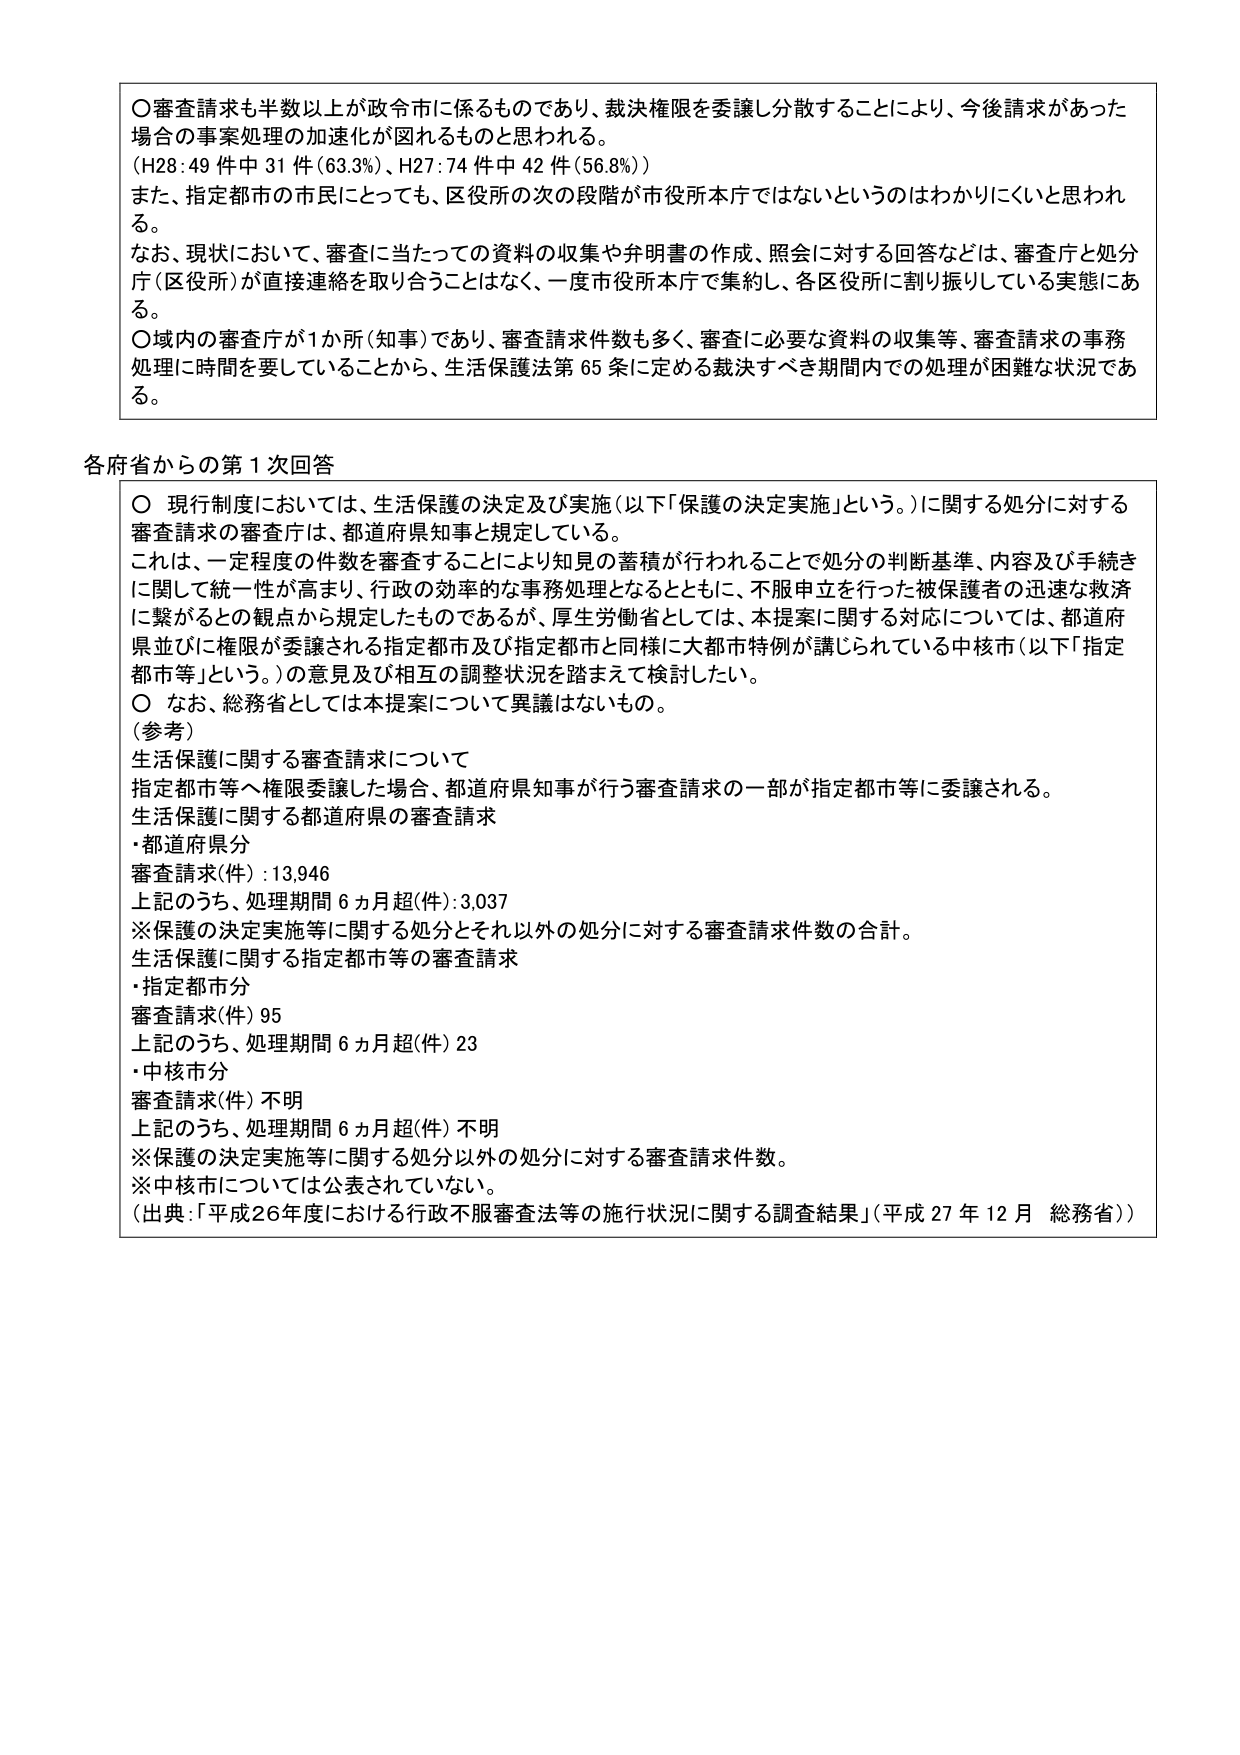
〇審査請求も半数以上が政令市に係るものであり、裁決権限を委譲し分散することにより、今後請求があった場合の事案処理の加速化が図れるものと思われる。
（H28：49件中31件（63.3％）、H27：74件中42件（56.8％））
また、指定都市の市民にとっても、区役所の次の段階が市役所本庁ではないというのはわかりにくいと思われる。
なお、現状において、審査に当たっての資料の収集や弁明書の作成、照会に対する回答などは、審査庁と処分庁（区役所）が直接連絡を取り合うことはなく、一度市役所本庁で集約し、各区役所に割り振りしている実態にある。
〇域内の審査庁が1か所（知事）であり、審査請求件数も多く、審査に必要な資料の収集等、審査請求の事務処理に時間を要していることから、生活保護法第65条に定める裁決すべき期間内での処理が困難な状況である。

各府省からの第1次回答
〇 現行制度においては、生活保護の決定及び実施（以下「保護の決定実施」という。）に関する処分に対する審査請求の審査庁は、都道府県知事と規定している。
これは、一定程度の件数を審査することにより知見の蓄積が行われることで処分の判断基準、内容及び手続きに関して統一性が高まり、行政の効率的な事務処理となるとともに、不服申立を行った被保護者の迅速な救済に繋がるとの観点から規定したものであるが、厚生労働省としては、本提案に関する対応については、都道府県並びに権限が委譲される指定都市及び指定都市と同様に大都市特例が講じられている中核市（以下「指定都市等」という。）の意見及び相互の調整状況を踏まえて検討したい。
〇 なお、総務省としては本提案について異議はないもの。
（参考）
生活保護に関する審査請求について
指定都市等へ権限委譲した場合、都道府県知事が行う審査請求の一部が指定都市等に委譲される。
生活保護に関する都道府県の審査請求
・都道府県分
審査請求（件）：13,946
上記のうち、処理期間6ヵ月超（件）：3,037
※保護の決定実施等に関する処分とそれ以外の処分に対する審査請求件数の合計。
生活保護に関する指定都市等の審査請求
・指定都市分
審査請求（件）95
上記のうち、処理期間6ヵ月超（件）23
・中核市分
審査請求（件）不明
上記のうち、処理期間6ヵ月超（件）不明
※保護の決定実施等に関する処分以外の処分に対する審査請求件数。
※中核市については公表されていない。
（出典：「平成26年度における行政不服審査法等の施行状況に関する調査結果」（平成27年12月 総務省））